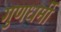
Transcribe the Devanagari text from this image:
गुणधर्मी